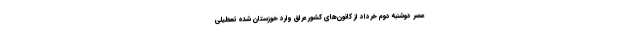
عصر دوشنبه دوم خرداد از کانون‌های کشور عراق وارد خوزستان شده تعطیلی